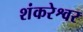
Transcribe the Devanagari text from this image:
शंकरेश्वर